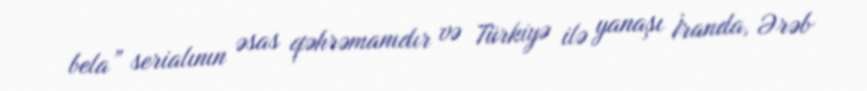
bela” serialının əsas qəhrəmanıdır və Türkiyə ilə yanaşı İranda, Ərəb